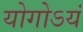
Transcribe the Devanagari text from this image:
योगोऽयं